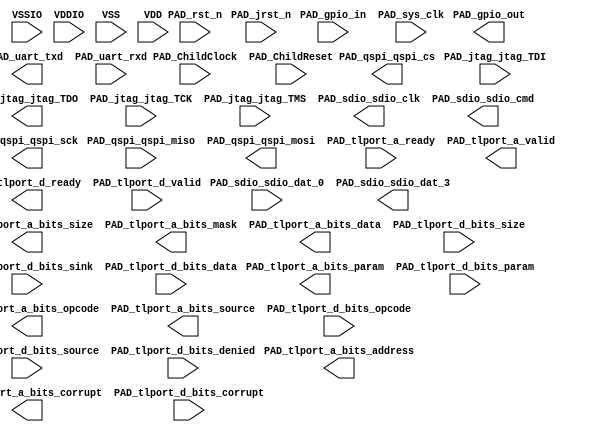
/**********************************************************/
/*            Available DIGITAL IO modules:               */
/*     Input:  IODIN  (VSSIO,VDDIO,PAD,OUT)               */
/*     Output: IODOUT (VSSIO,VDDIO,IN,PAD)                */
/**********************************************************/
/* You can specify the buses by IODIN_x or IODOUT_x       */
/* For example: IODIN_8 means 8-bit bus of IODIN          */
/* x can only be 2, 4, 8, 16, 32, 64, 128, & 256          */
/**********************************************************/
/*            Available ANALOG IO modules:                */
/* Pad go through directly: IOTHROUGH (VSSIO,VDDIO,INOUT) */
/**********************************************************/


/**********************************************************/
/*            Full-chip's ports declaration               */
module FullChip (
   input         VSSIO, VDDIO, //IO's power sources
   input         VSS, VDD,     //Core's power sources
   //data signals. Note: analog signals are better to be categorized as inout(s)
   //these names later will be put in the FullChip.pins
   /* TEEHW module */
   input  [7:0]  PAD_gpio_in,
   output [7:0]  PAD_gpio_out,
   input         PAD_jtag_jtag_TDI,
   output        PAD_jtag_jtag_TDO,
   input         PAD_jtag_jtag_TCK,
   input         PAD_jtag_jtag_TMS,
   output        PAD_sdio_sdio_clk,
   output        PAD_sdio_sdio_cmd,
   input         PAD_sdio_sdio_dat_0,
   output        PAD_sdio_sdio_dat_3,
   output        PAD_uart_txd,
   input         PAD_uart_rxd,
   input         PAD_ChildClock,
   input         PAD_ChildReset,
   output        PAD_qspi_qspi_cs,
   output        PAD_qspi_qspi_sck,
   input         PAD_qspi_qspi_miso,
   output        PAD_qspi_qspi_mosi,
   input         PAD_sys_clk,
   input         PAD_rst_n,
   input         PAD_jrst_n,
   input         PAD_tlport_a_ready,
   output        PAD_tlport_a_valid,
   output [2:0]  PAD_tlport_a_bits_opcode,
   output [2:0]  PAD_tlport_a_bits_param,
   output [2:0]  PAD_tlport_a_bits_size,
   output [5:0]  PAD_tlport_a_bits_source,
   output [31:0] PAD_tlport_a_bits_address,
   output [3:0]  PAD_tlport_a_bits_mask,
   output [31:0] PAD_tlport_a_bits_data,
   output        PAD_tlport_a_bits_corrupt,
   output        PAD_tlport_d_ready,
   input         PAD_tlport_d_valid,
   input  [2:0]  PAD_tlport_d_bits_opcode,
   input  [1:0]  PAD_tlport_d_bits_param,
   input  [2:0]  PAD_tlport_d_bits_size,
   input  [5:0]  PAD_tlport_d_bits_source,
   input         PAD_tlport_d_bits_sink,
   input         PAD_tlport_d_bits_denied,
   input  [31:0] PAD_tlport_d_bits_data,
   input         PAD_tlport_d_bits_corrupt );
/**********************************************************/

/**********************************************************/
/*                 Interal wires declaration              */
   //wires from core(s) to IO-cells
   //NOTE: for those using the direct PAD (i.e., IOTHROUGH):
   //      Just use the inout port directly, no need to declare the wire here
   /* TEEHW module */
   wire [7:0]  gpio_in;
   wire [7:0]  gpio_out;
   wire        jtag_jtag_TDI;
   wire        jtag_jtag_TDO;
   wire        jtag_jtag_TCK;
   wire        jtag_jtag_TMS;
   wire        sdio_sdio_clk;
   wire        sdio_sdio_cmd;
   wire        sdio_sdio_dat_0;
   wire        sdio_sdio_dat_3;
   wire        uart_txd;
   wire        uart_rxd;
   wire        ChildClock;
   wire        ChildReset;
   wire        qspi_qspi_cs;
   wire        qspi_qspi_sck;
   wire        qspi_qspi_miso;
   wire        qspi_qspi_mosi;
   wire        sys_clk;
   wire        rst_n;
   wire        jrst_n;
   wire        tlport_a_ready;
   wire        tlport_a_valid;
   wire [2:0]  tlport_a_bits_opcode;
   wire [2:0]  tlport_a_bits_param;
   wire [2:0]  tlport_a_bits_size;
   wire [5:0]  tlport_a_bits_source;
   wire [31:0] tlport_a_bits_address;
   wire [3:0]  tlport_a_bits_mask;
   wire [31:0] tlport_a_bits_data;
   wire        tlport_a_bits_corrupt;
   wire        tlport_d_ready;
   wire        tlport_d_valid;
   wire [2:0]  tlport_d_bits_opcode;
   wire [1:0]  tlport_d_bits_param;
   wire [2:0]  tlport_d_bits_size;
   wire [5:0]  tlport_d_bits_source;
   wire        tlport_d_bits_sink;
   wire        tlport_d_bits_denied;
   wire [31:0] tlport_d_bits_data;
   wire        tlport_d_bits_corrupt;

/**********************************************************/

endmodule